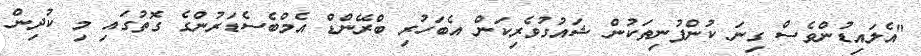
"އެލައިޑުންވެސް ގިނަ ކުންފުނިތަކުން ޝައުގުވެރިކަން އެބަހުރި ބްރޭންޑް އެމްބެސެޑަރުންގެ ގޮތުގައި މި ކުދިން